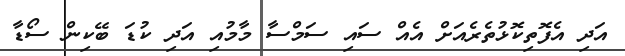
އަދި އެފޮތިކޮޅުތެރެއަށް އެއް ސައި ސަމްސާ މާމުއި އަދި ކުޑަ ބޭކިން ސޯޑާ